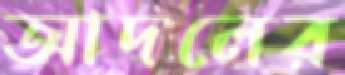
আদলের